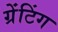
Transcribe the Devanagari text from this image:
ग्रेंटिंग